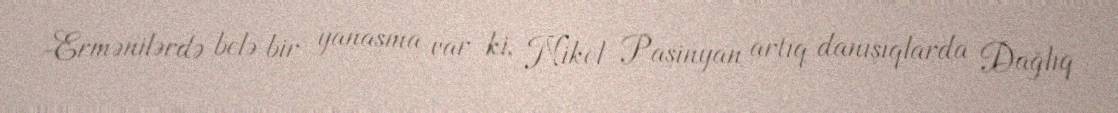
-Ermənilərdə belə bir yanaşma var ki, Nikol Paşinyan artıq danışıqlarda Dağlıq